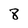
Character: 8